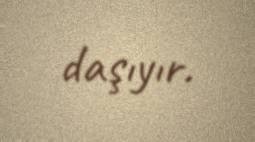
daşıyır.